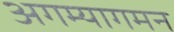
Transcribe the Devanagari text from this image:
अगम्यागमन